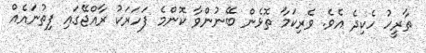
ތާރީހު ހެކިދެ އެވެ. ވެރިކަމާ ތޮޅެން ބޭނުންވާ ކޮންމެ ފަހަރަކު ރާއްޖޭގައި ފިތުނައެއް